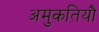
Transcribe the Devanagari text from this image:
अमुकतियौ